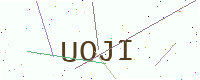
Text: UOJI